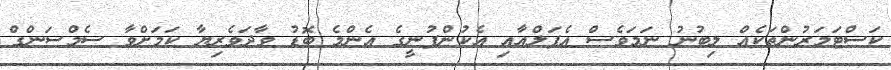
ކަސްޓަމަރުންތަކެއް ލިބުނު ނަމަވެސް އެޕަލްއާއި އެކުންފުނީގެ އެންމެ ބޮޑު ވާދަވެރިޔާ ކަމަށްވާ ސެމްސަންގް